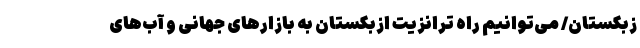
زبکستان/ می‌توانیم راه ترانزیت ازبکستان به بازارهای جهانی و آب‌های